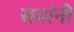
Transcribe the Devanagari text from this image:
सभांनी